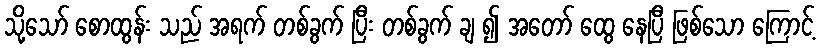
သို့သော် စောထွန်း သည် အရက် တစ်ခွက် ပြီး တစ်ခွက် ချ ၍ အတော် ထွေ နေပြီ ဖြစ်သော ကြောင့်